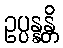
ဥပ္ပန္နန္တိ